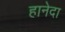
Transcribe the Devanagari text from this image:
हानेदा